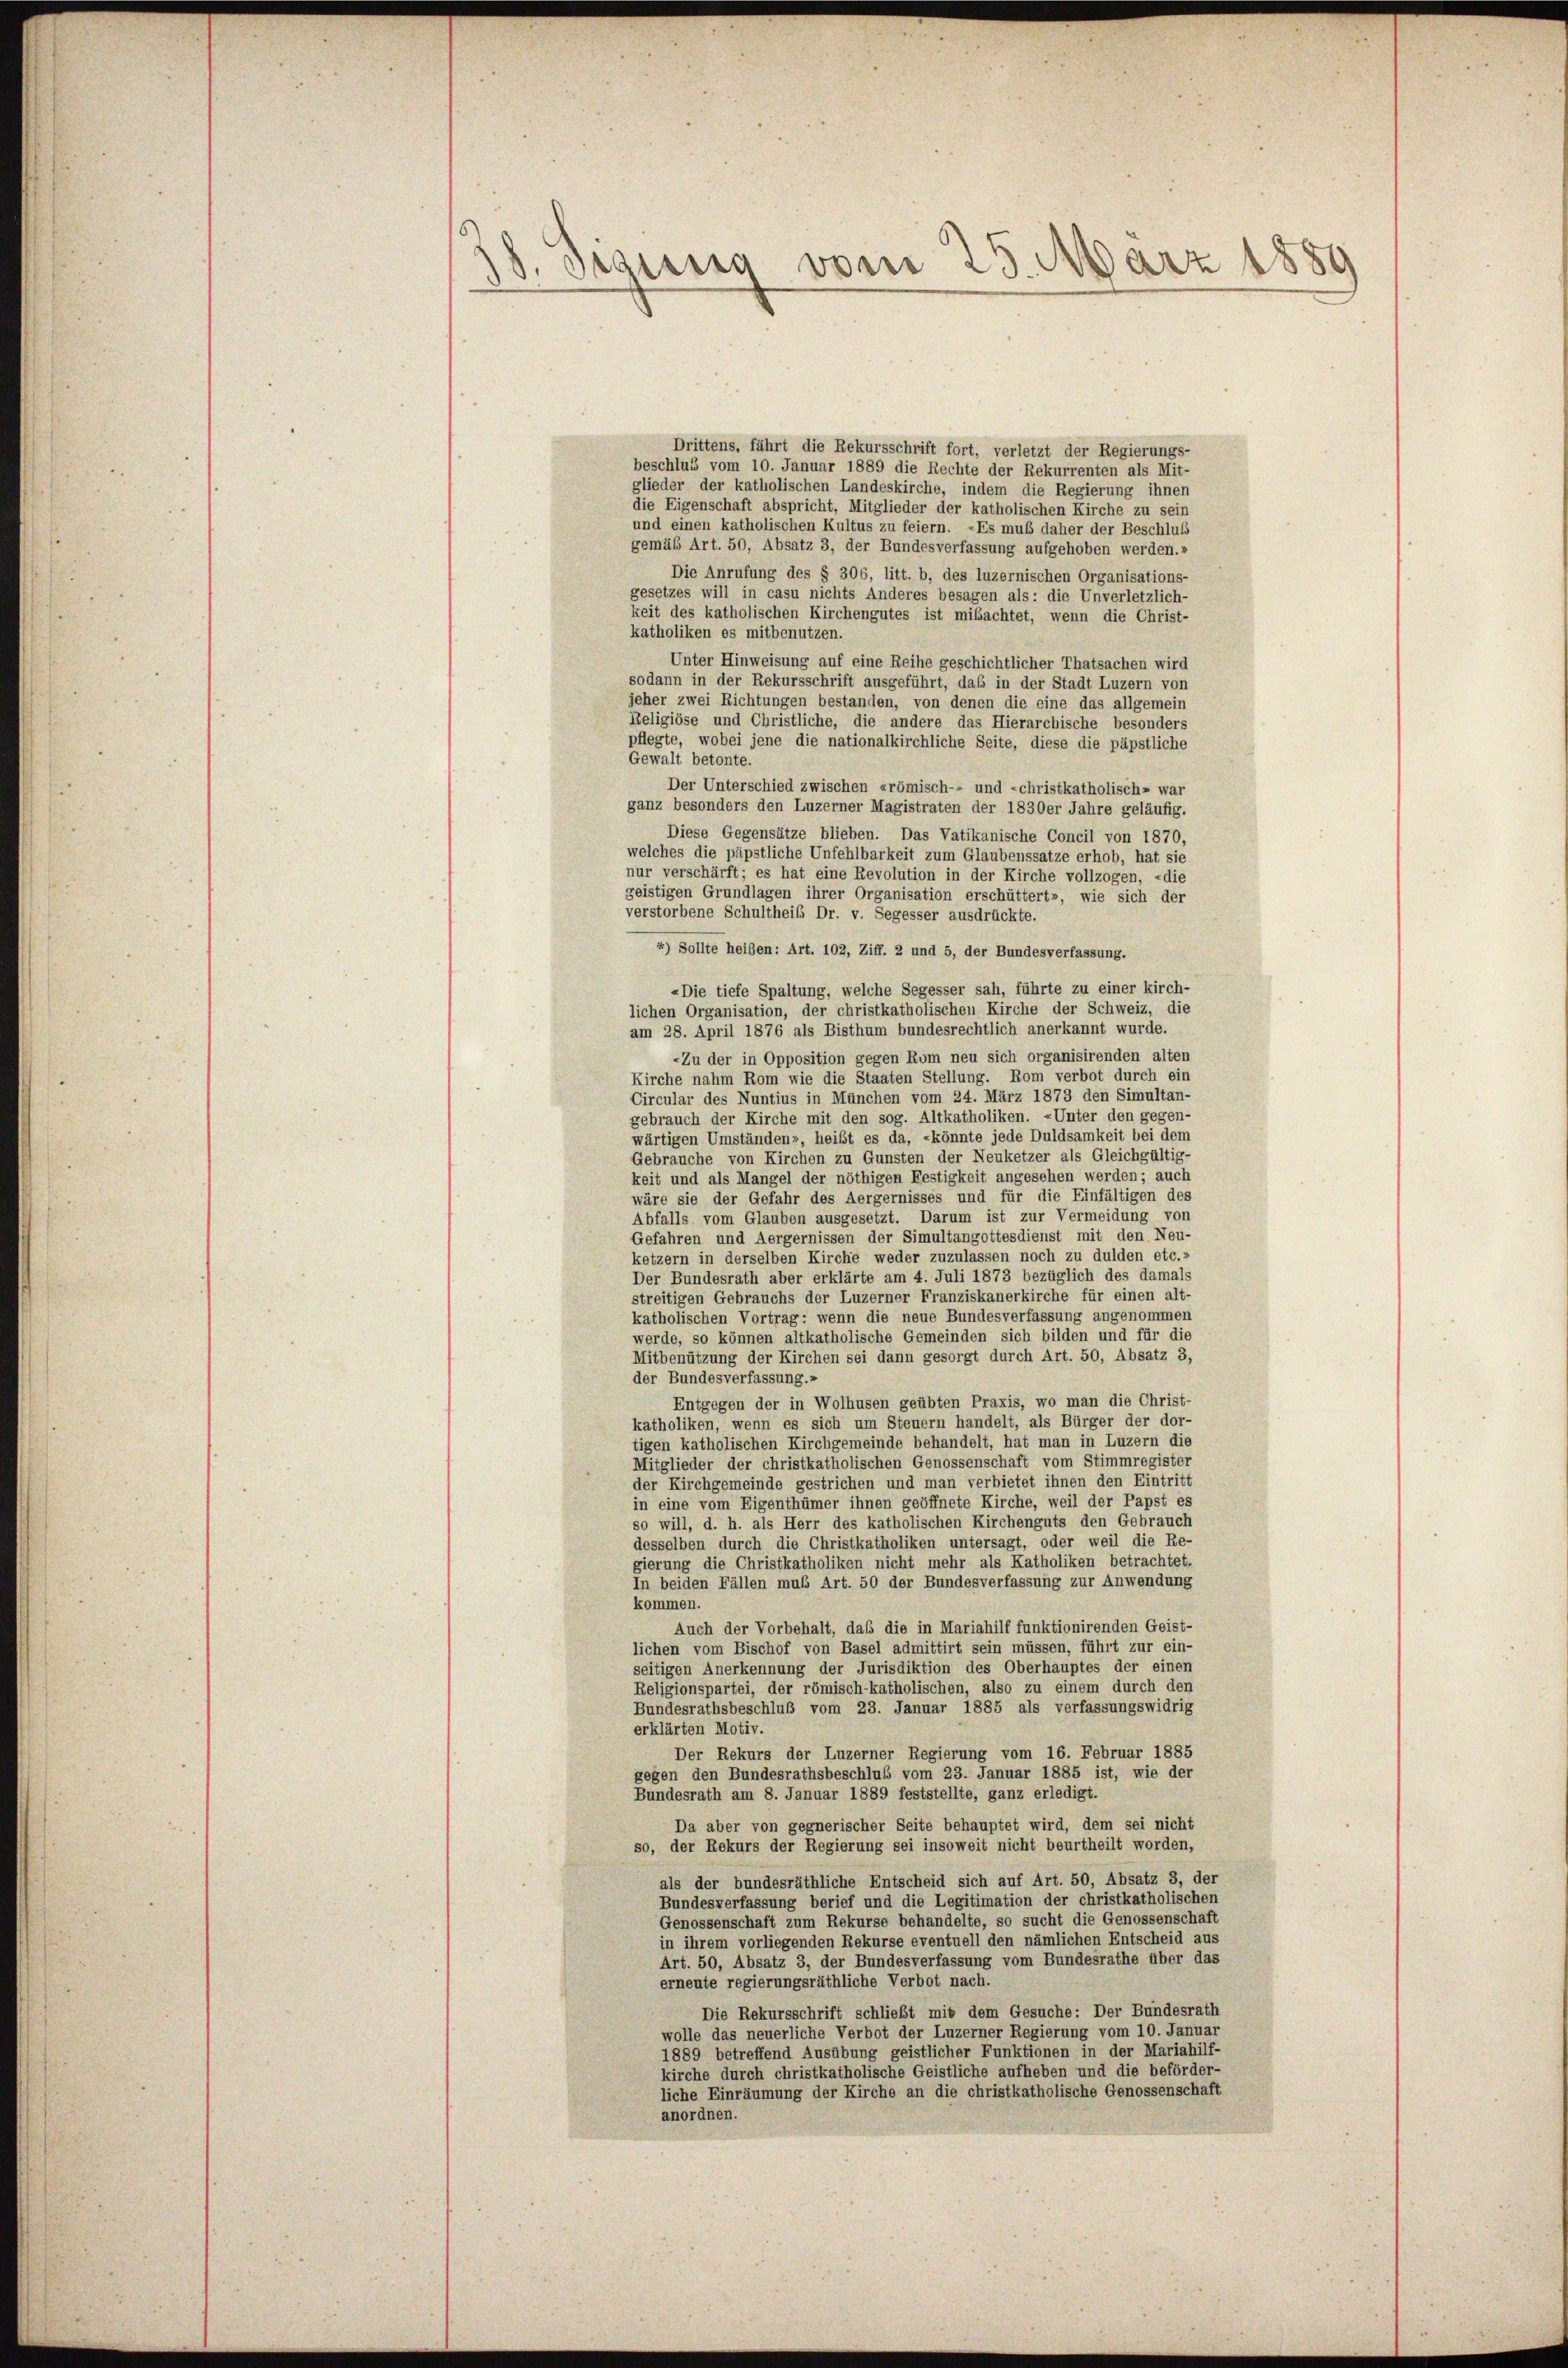
8. Sigung vom 25. März 1889

Drittens, fährt die Rekursschrift fort, verletzt der Regierungs-
beschlus vom 10. Januar 1889 die Rechte der Rekurrenten als Mit-
glieder der katholischen Landeskirche, indem die Regierung ihnen
die Eigenschaft abspricht, Mitglieder der katholischen Kirche zu sein
und einen katholischen Kultus zu feiern. - Es muß daher der Beschluß
gemäß Art. 50, Absatz 3, der Bundesverfassung aufgehoben werden.»
Die Anrufung des § 306, litt. b, des luzernischen Organisations-
gesetzes will in casu nichts Anderes besagen als: die Unverletzlich-
keit des katholischen Kirchengutes ist mibachtet, wenn die Christ-
katholiken es mitbenutzen.
Unter Hinweisung auf eine Reihe geschichtlicher Thatsachen wird
sodann in der Rekursschrift ausgeführt, das in der Stadt Luzern von
jeher zwei Richtungen bestanden, von denen die eine das allgemein
Religiöse und Christliche, die andere das Hierarchische besonders
pflegte, wobei jene die nationalkirchliche Seite, diese die päpstliche
Gewalt betonte.
Der Unterschied zwischen «römisch- und -christkatholisch- war
ganz besonders den Luzerner Magistraten der 1830er Jahre geläufig.
Diese Gegensätze blieben. Das Vatikanische Concil von 1870,
welches die päpstliche Unfehlbarkeit zum Glaubenssatze erhob, hat sie
nur verschärft; es hat eine Revolution in der Kirche vollzogen, «die
geistigen Grundlagen ihrer Organisation erschüttert», wie sich der
verstorbene Schultheil Dr. v. Segesser ausdrückte.
4) Sollte heißen: Art. 102, Ziff. 2 und 5, der Bundesverfassung.
«Die tiefe Spaltung, welche Segesser sah, führte zu einer kirch-
lichen Organisation, der christkatholischen Kirche der Schweiz, die
am 28. April 1876 als Bisthum bundesrechtlich anerkannt wurde.
-Zu der in Opposition gegen Rom neu sich organisirenden alten
Kirche nahm Rom wie die Staaten Stellung. Rom verbot durch ein
Circular des Nuntius in München vom 24. März 1873 den Simultan-
gebrauch der Kirche mit den sog. Altkatholiken. Unter den gegen-
wärtigen Umständen», heißt es da, könnte jede Duldsamkeit bei dem
Gebrauche von Kirchen zu Gunsten der Neuketzer als Gleichgültig-
keit und als Mangel der nöthigen Festigkeit angesehen werden; auch
wäre sie der Gefahr des Aergernisses und für die Einfältigen des
Abfalls vom Glauben ausgesetzt. Darum ist zur Vermeidung von
Gefahren und Aergernissen der Simultangottesdienst mit den Neu-
ketzern in derselben Kirche weder zuzulassen noch zu dulden etc.»
Der Bundesrath aber erklärte am 4. Juli 1873 bezüglich des damals
streitigen Gebrauchs der Luzerner Franziskanerkirche für einen alt-
katholischen Vortrag: wenn die neue Bundesverfassung angenommen
werde, so können altkatholische Gemeinden sich bilden und für die
Mitbenützung der Kirchen sei dann gesorgt durch Art. 50, Absatz 3,
der Bundesverfassung.«
Entgegen der in Wolhusen geübten Praxis, wo man die Christ-
katholiken, wenn es sich um Steuern handelt, als Bürger der dor-
tigen katholischen Kirchgemeinde behandelt, hat man in Luzern die
Mitglieder der christkatholischen Genossenschaft vom Stimmregister
der Kirchgemeinde gestrichen und man verbietet ihnen den Eintritt
in eine vom Eigenthümer ihnen geöffnete Kirche, weil der Papst es
so will, d. h. als Herr des katholischen Kirchenguts den Gebrauch
desselben durch die Christkatholiken untersagt, oder weil die Re-
gierung die Christkatholiken nicht mehr als Katholiken betrachtet.
In beiden Fällen muß Art. 50 der Bundesverfassung zur Anwendung
kommen.
Auch der Vorbehalt, das die in Mariahilf funktionirenden Geist-
lichen vom Bischof von Basel admittirt sein müssen, führt zur ein-
seitigen Anerkennung der Jurisdiktion des Oberhauptes der einen
Religionspartei, der römisch-katholischen, also zu einem durch den
Bundesrathsbeschluß vom 23. Januar 1885 als verfassungswidrig
erklärten Motiv.
Der Rekurs der Luzerner Regierung vom 16. Februar 1885
gegen den Bundesrathsbeschluß vom 23. Januar 1885 ist, wie der
Bundesrath am 8. Januar 1889 feststellte, ganz erledigt.
Da aber von gegnerischer Seite behauptet wird, dem sei nicht
so, der Rekurs der Regierung sei insoweit nicht beurtheilt worden,
als der bundesräthliche Entscheid sich auf Art. 50, Absatz 3, der
Bundesverfassung berief und die Legitimation der christkatholischen
Genossenschaft zum Rekurse behandelte, so sucht die Genossenschaft
in ihrem vorliegenden Rekurse eventuell den nämlichen Entscheid aus
Art. 50, Absatz 3, der Bundesverfassung vom Bundesrathe über das
erneute regierungsräthliche Verbot nach.
Die Rekursschrift schließt mit dem Gesuche: Der Bundesrath
wolle das neuerliche Verbot der Luzerner Regierung vom 10. Januar
1889 betreffend Ausübung geistlicher Funktionen in der Mariahilf-
kirche durch christkatholische Geistliche aufheben und die beförder-
liche Einräumung der Kirche an die christkatholische Genossenschaft
anordnen.